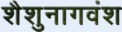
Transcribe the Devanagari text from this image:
शैशुनागवंश